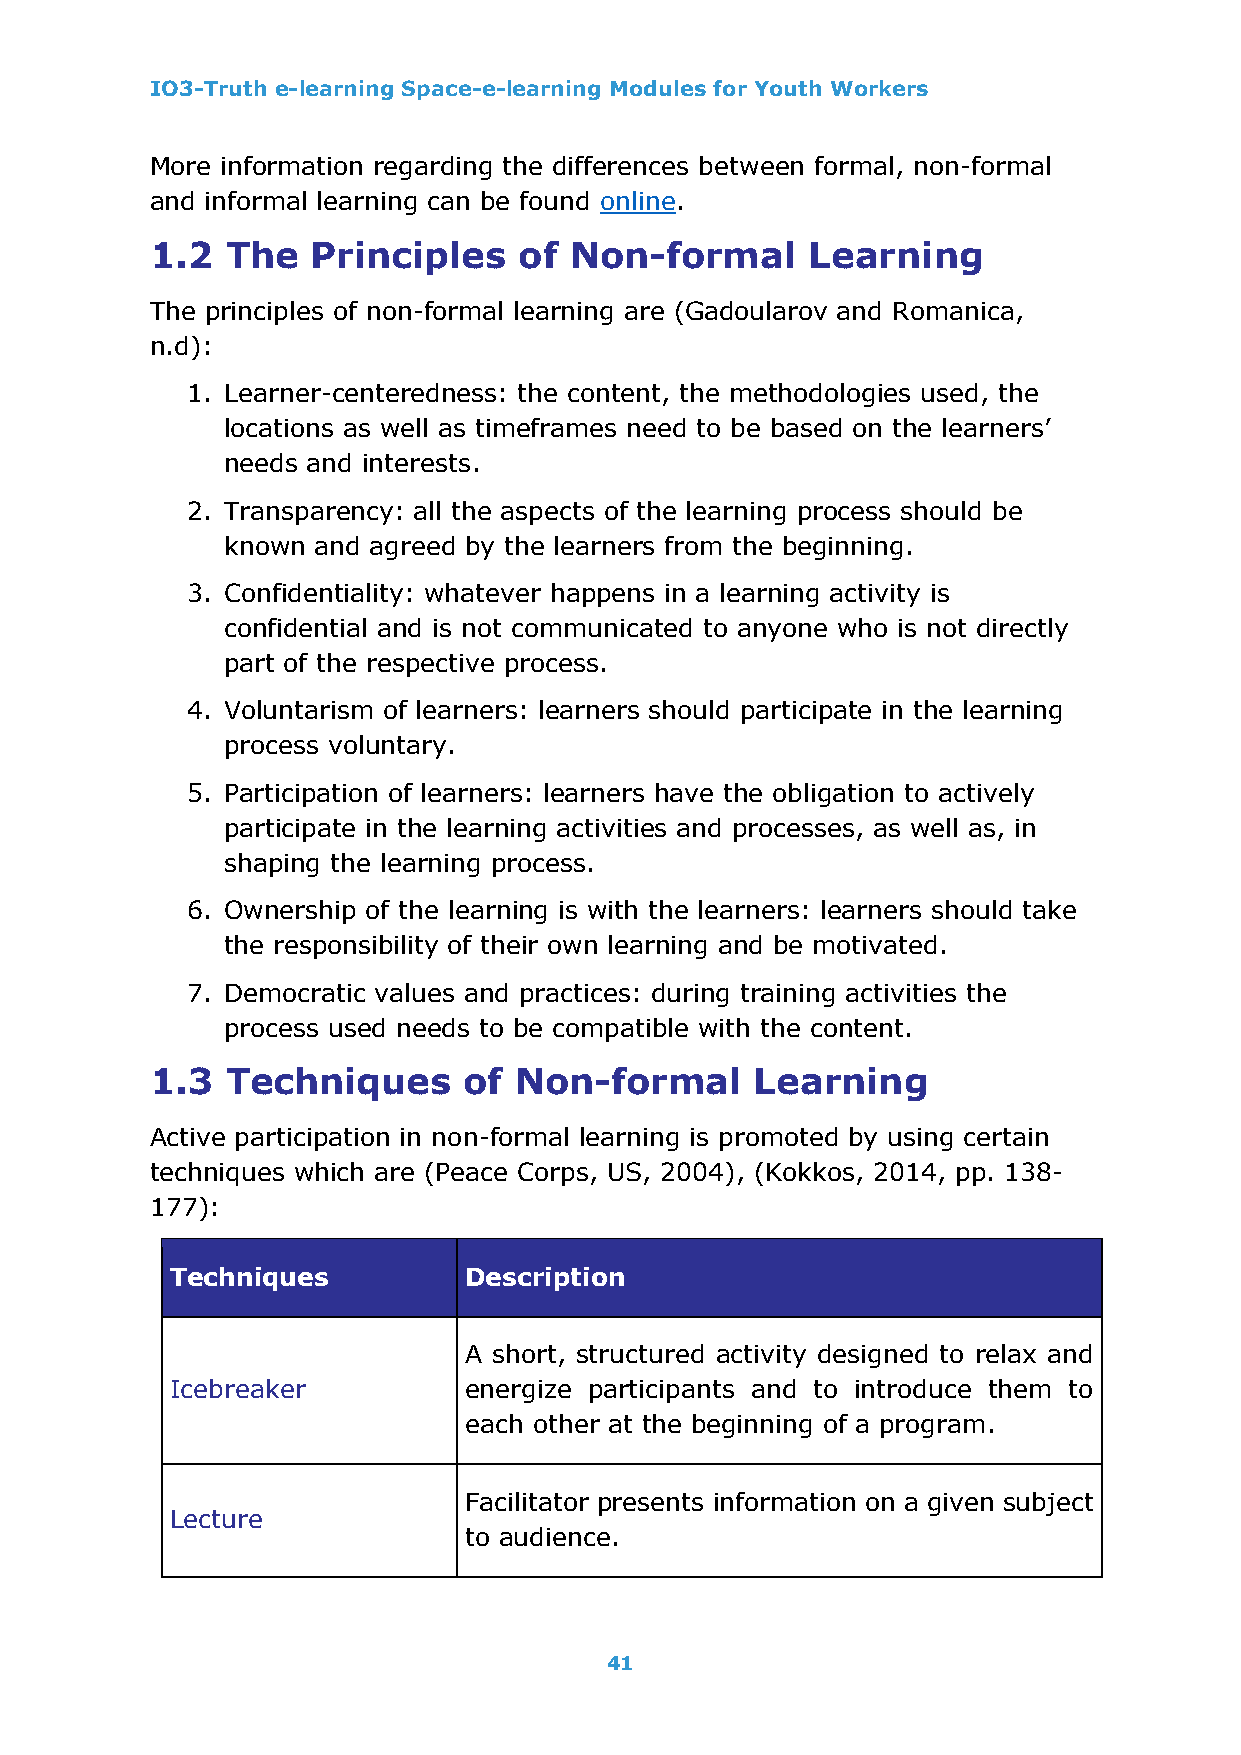
IO3-Truth e-learning Space-e-learning Modules for Youth Workers
 More information regarding the differences between formal, non-formal
 and informal learning can be found online.
 1.2  The   Principles   of  Non-formal     Learning
 The principles of non-formal learning are (Gadoularov and Romanica,
 n.d):
 1. Learner-centeredness: the content, the methodologies used, the
 locations as well as timeframes need to be based on the learners’
 needs and interests.
 2. Transparency: all the aspects of the learning process should be
 known and agreed by the learners from the beginning.
 3. Confidentiality: whatever happens in a learning activity is
 confidential and is not communicated to anyone who is not directly
 part of the respective process.
 4. Voluntarism of learners: learners should participate in the learning
 process voluntary.
 5. Participation of learners: learners have the obligation to actively
 participate in the learning activities and processes, as well as, in
 shaping the learning process.
 6. Ownership of the learning is with the learners: learners should take
 the responsibility of their own learning and be motivated.
 7. Democratic values and practices: during training activities the
 process used needs to be compatible with the content.
 1.3  Techniques      of Non-formal      Learning
 Active participation in non-formal learning is promoted by using certain
 techniques which are (Peace Corps, US, 2004), (Kokkos, 2014, pp. 138-
 177):
 Techniques          Description
 A short, structured activity designed to relax and
 Icebreaker          energize participants and to introduce them to
 each other at the beginning of a program.
 Facilitator presents information on a given subject
 Lecture
 to audience.
 41